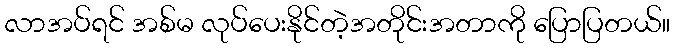
လာအပ်ရင် အစ်မ လုပ်ပေးနိုင်တဲ့အတိုင်းအတာကို ပြောပြတယ်။